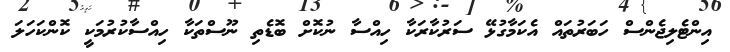
އިންޓެލިޖެންސް ހަބަރުތައް އެކަމާގުޅޭ ސަރުކާރަކާ ހިއްސާ ނުކޮށް ބޮޑެތި ނޫސްތަކާ ހިއްސާކުރުމަކީ ކޮންކަހަލަ